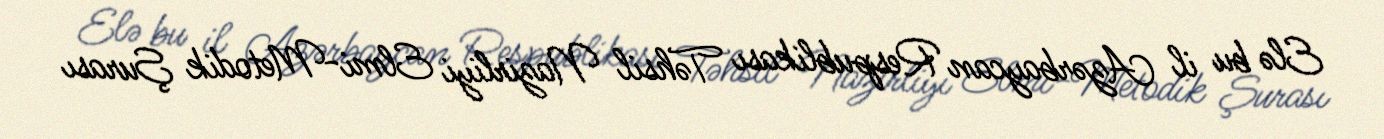
Elə bu il Azərbaycan Respublikası Təhsil Nazirliyi Elmi-Metodik Şurası